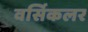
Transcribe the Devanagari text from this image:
वर्सिकलर